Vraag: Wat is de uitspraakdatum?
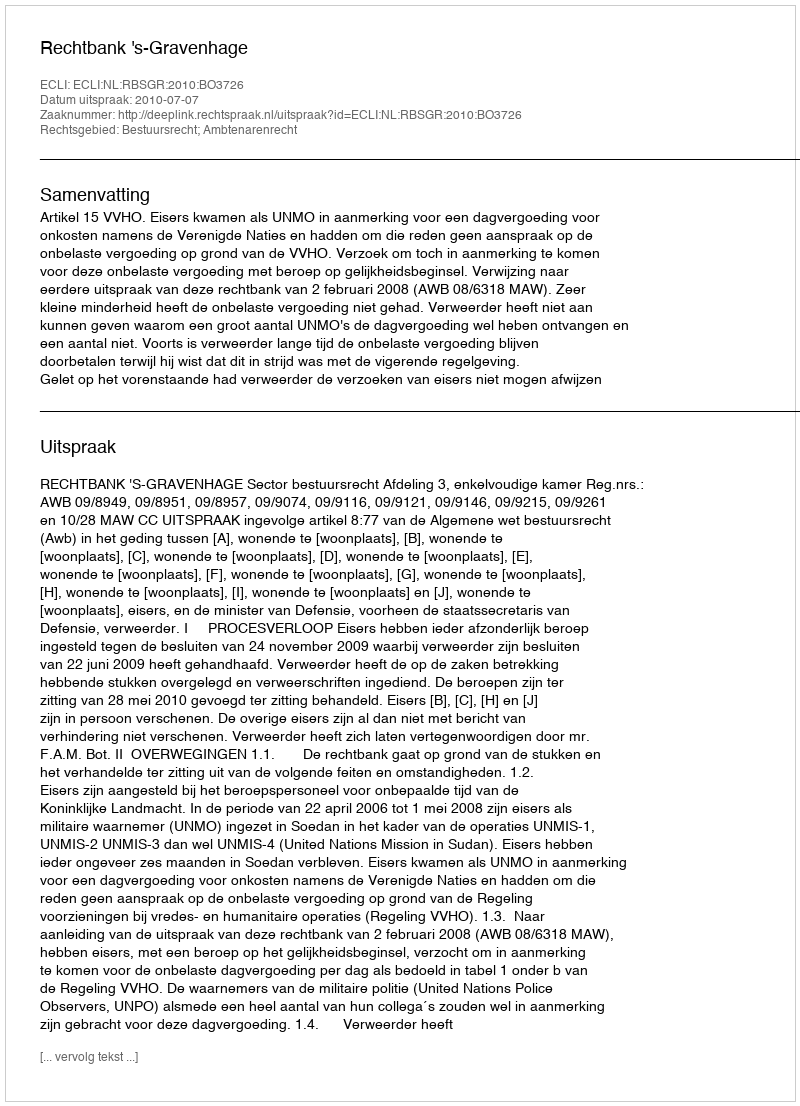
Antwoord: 2010-07-07